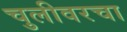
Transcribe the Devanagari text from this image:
चुलीवरचा